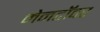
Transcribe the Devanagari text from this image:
मेनटॉवर